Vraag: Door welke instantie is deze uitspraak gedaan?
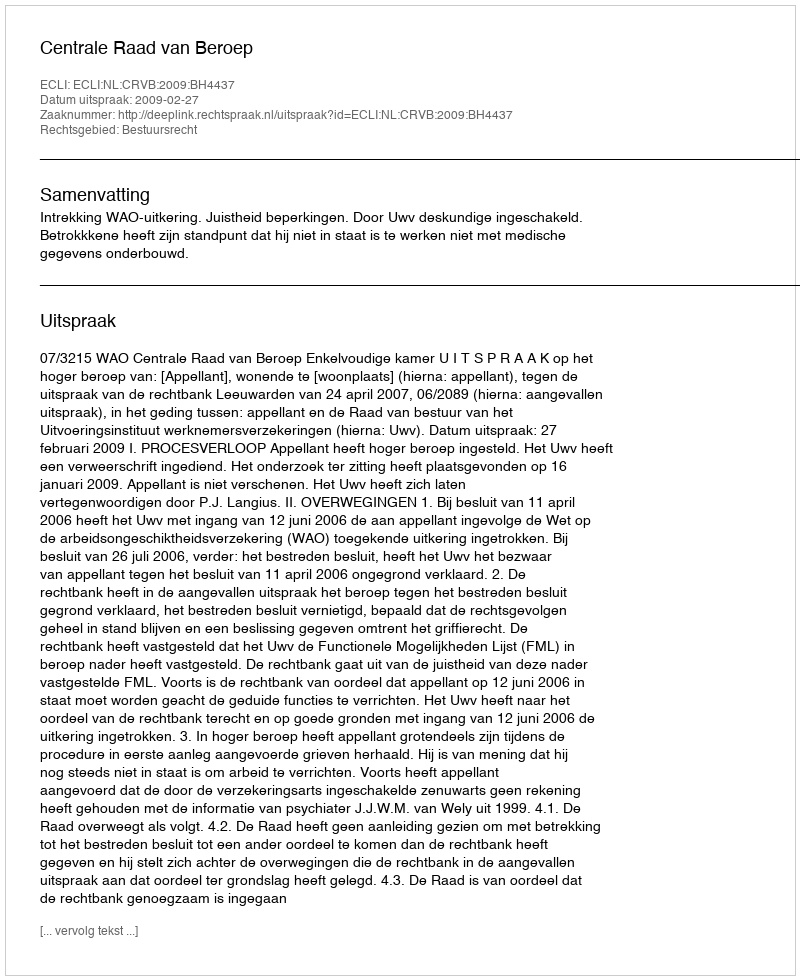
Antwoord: Centrale Raad van Beroep